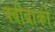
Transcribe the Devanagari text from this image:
क्वीब्राको